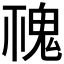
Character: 𩲚